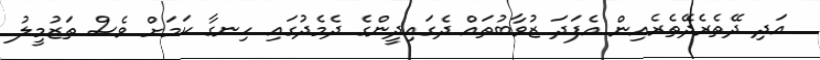
އަދި ދޭތެރެދޭތެރެއިން އެފަދަ ޒުވާބުތައް ދެގައިދީންގެ ދެމެދުގައި ހިނގާ ކަމަށް ވެސް ތަޒުމީލު